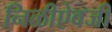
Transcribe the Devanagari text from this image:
निळीऐवजी